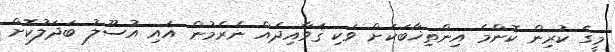
މީގެ ކުރިން ކޮންމެ އިންތިޚާބަކަށް ވަކި ޤަވާއިދެއް ނެރެމުން އައި އުސޫލު ބަދަލުކޮށް